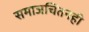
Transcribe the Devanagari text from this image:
समाजचिंतनही